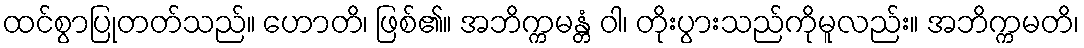
ထင်စွာပြုတတ်သည်။ ဟောတိ၊ ဖြစ်၏။ အဘိက္ကမန္တံ ဝါ၊ တိုးပွားသည်ကိုမူလည်း။ အဘိက္ကမတိ၊